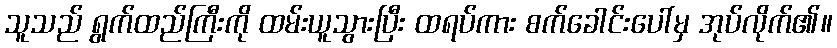
သူသည် ရွက်ထည်ကြီးကို ထမ်းယူသွားပြီး ထရပ်ကား စက်ခေါင်းပေါ်မှ အုပ်လိုက်၏။